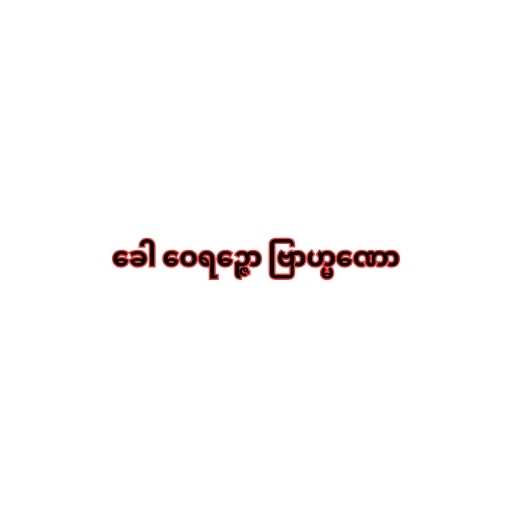
ခေါ ဝေရဉ္ဇော ဗြာဟ္မဏော